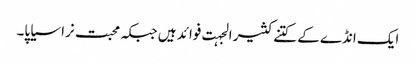
ایک انڈے کے کتنے کثیر الجہت فوائد ہیں جبکہ محبت نرا سیاپا۔